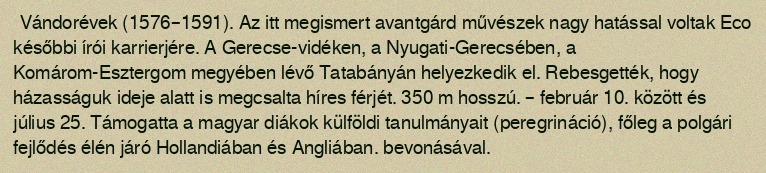
Vándorévek (1576–1591). Az itt megismert avantgárd művészek nagy hatással voltak Eco későbbi írói karrierjére. A Gerecse-vidéken, a Nyugati-Gerecsében, a Komárom-Esztergom megyében lévő Tatabányán helyezkedik el. Rebesgették, hogy házasságuk ideje alatt is megcsalta híres férjét. 350 m hosszú. – február 10. között és július 25. Támogatta a magyar diákok külföldi tanulmányait (peregrináció), főleg a polgári fejlődés élén járó Hollandiában és Angliában. bevonásával.